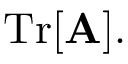
\operatorname { T r } [ \mathbf { A } ] .